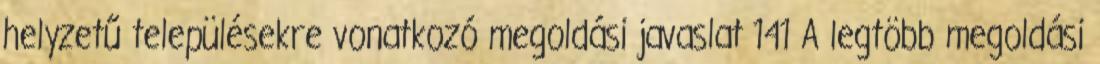
helyzetű településekre vonatkozó megoldási javaslat 141 A legtöbb megoldási